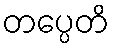
တပ္ပေတိ